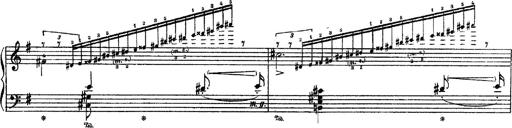
Title: 3 sonetti di Petrarca
Composer: Franz Liszt